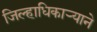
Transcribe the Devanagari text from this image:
जिल्हाधिकाऱ्याने